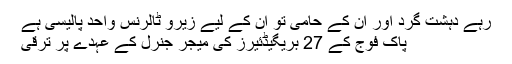
رہے دہشت گرد اور ان کے حامی تو ان کے لیے زیرو ٹالرنس واحد پالیسی ہے
پاک فوج کے 27 بریگیڈئیرز کی میجر جنرل کے عہدے پر ترقی